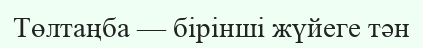
Төлтаңба — бірінші жүйеге тән